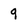
Character: 9